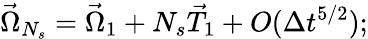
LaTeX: \vec{\Omega}_{N_{s}}=\vec{\Omega}_{1}+N_{s}\vec{T}_{1}+O(\Delta t^{5/2});